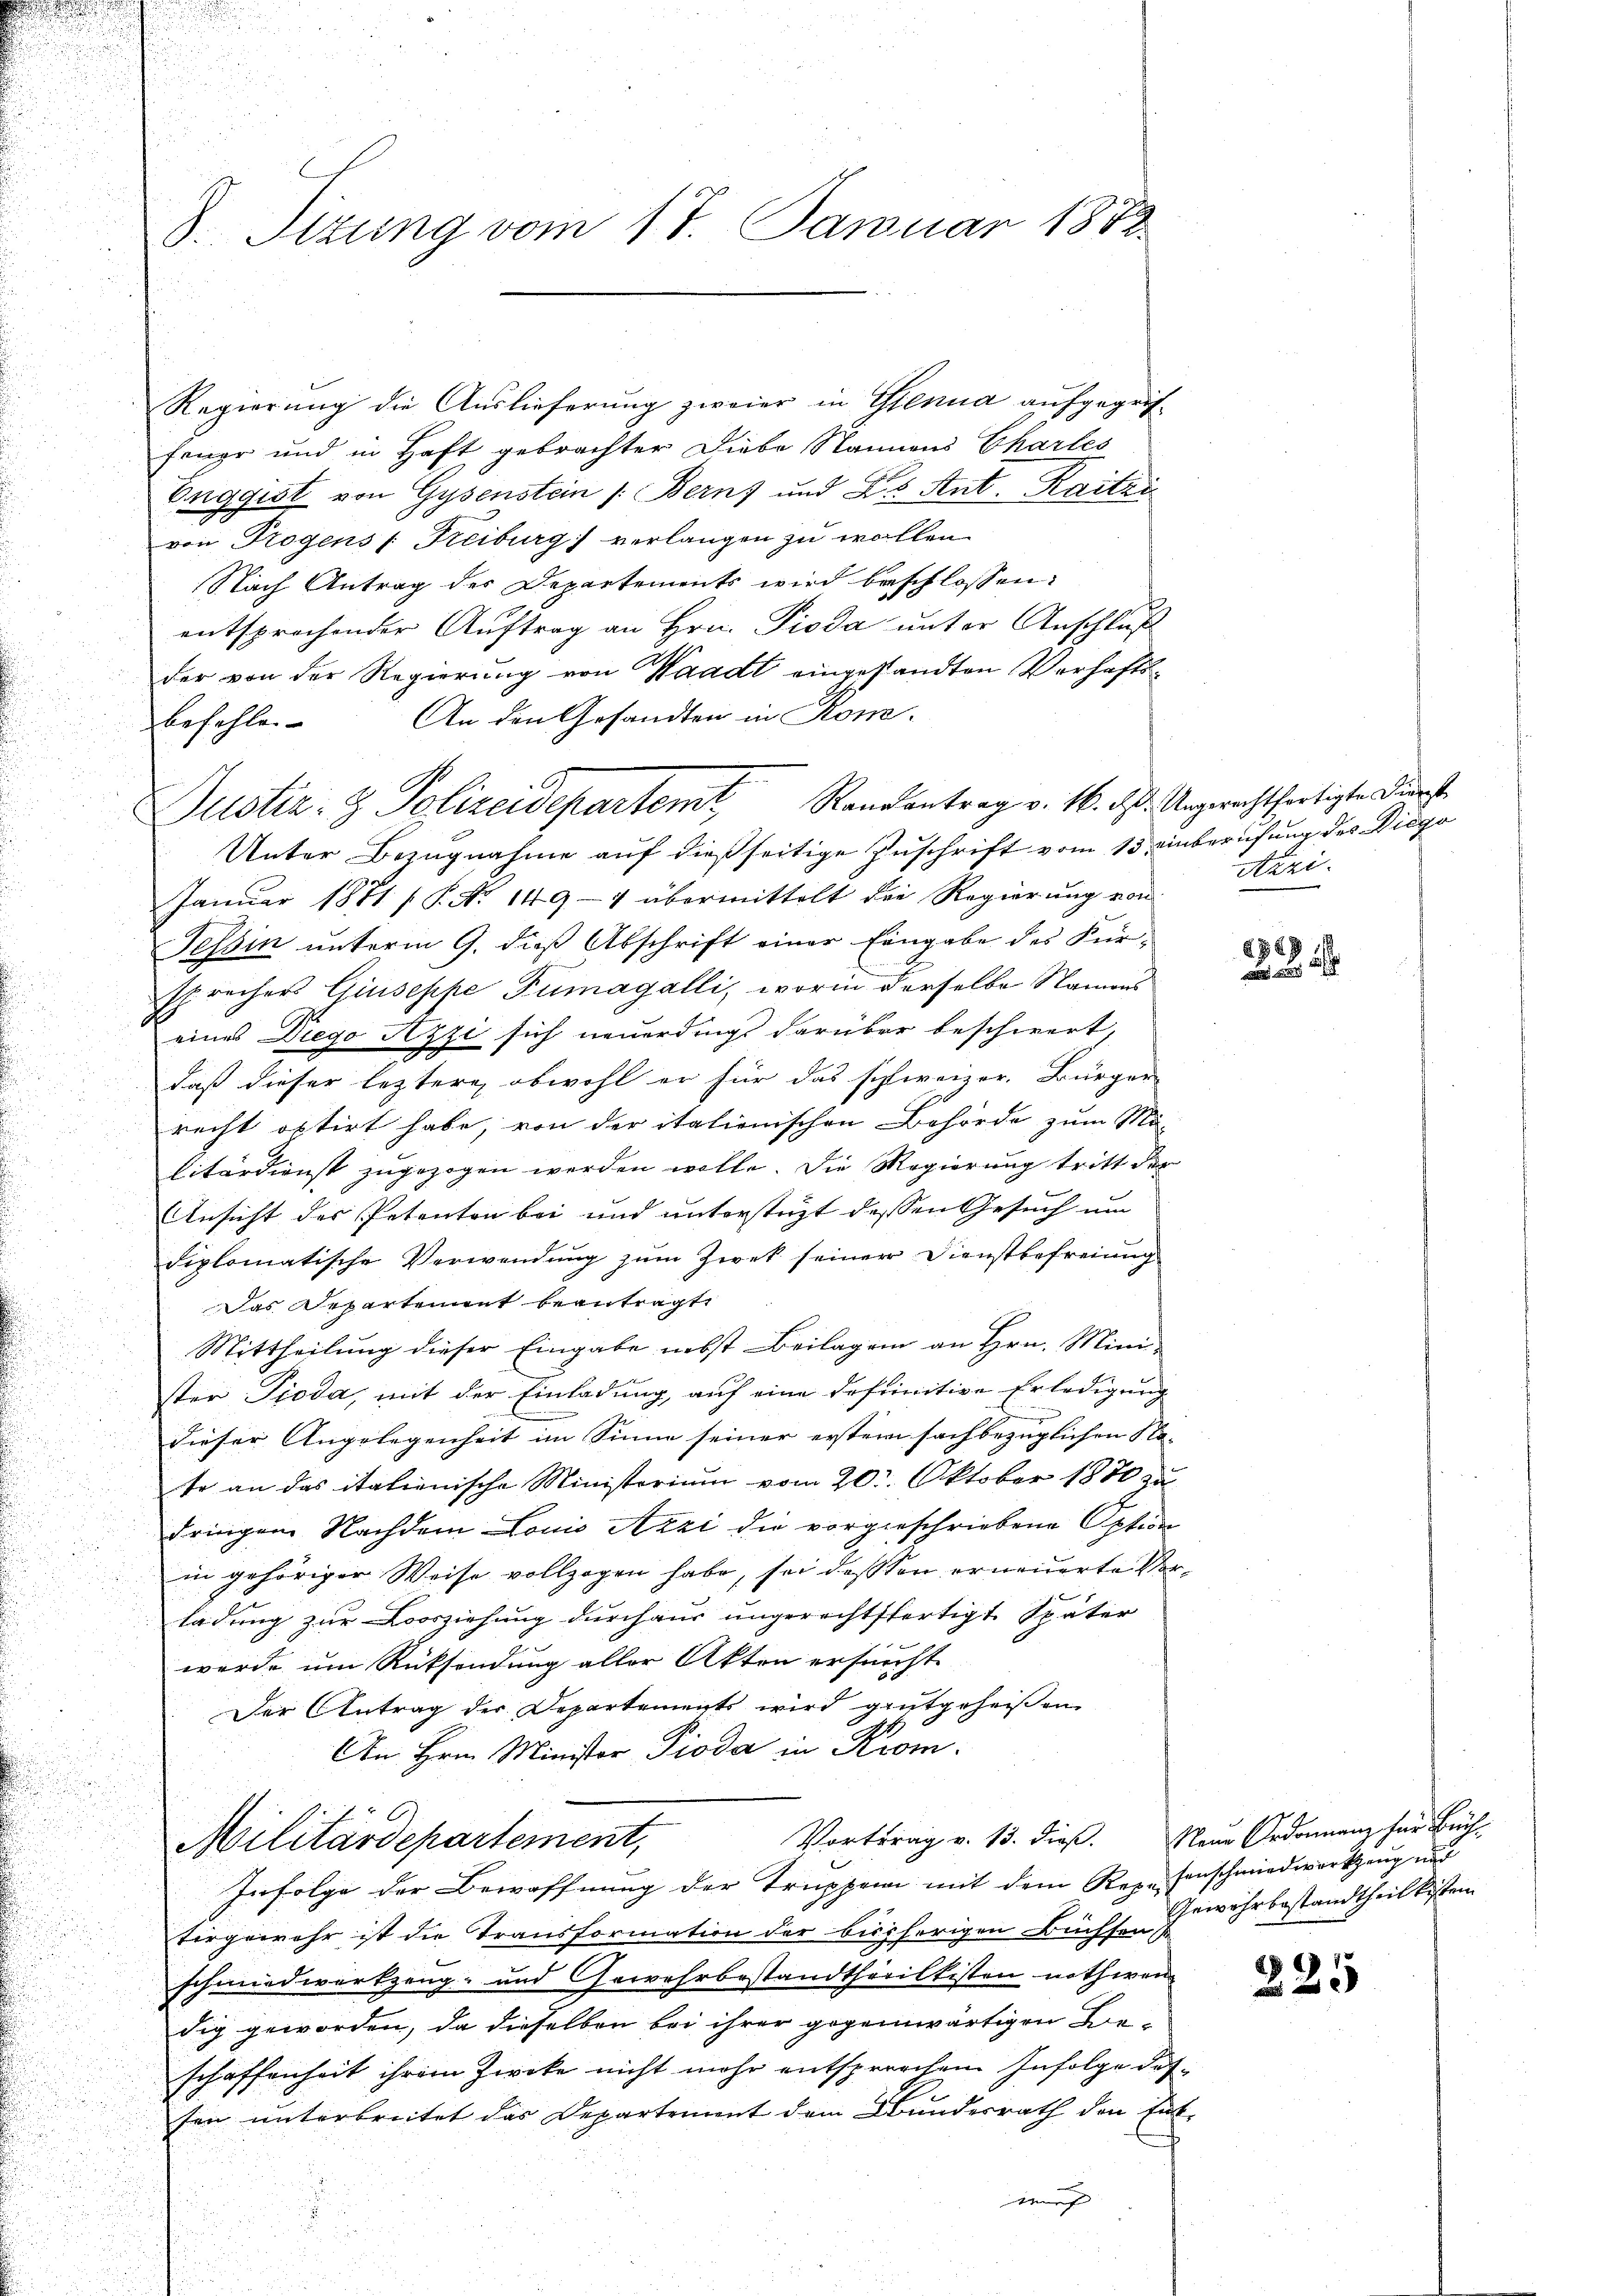
8. Sizung vom 17. Januar 1882.

Regierung die Auslieferung zweier in Genua aufgegrif-
feuer und in Haft gebrachter Diebe Stammens Charles
Enggust von Gysenstein /: Berns und ds Ant. Kaitzi
von Trogens ( Treiburg verlangen zu wollen
Nach Antrag der Departements wird beschlossen:
entsprechender Auftrag an Hrn. Pioda unter Anschluß
der von der Regierung von Waadt eingesandten Verhafts¬
An den Gesandten in Kom-
befehlen.
Unter Bezugnahme auf dießseitige Zuschrift vom 13. einberufung des Diepo
Januar 1871 [P. Nr. 149 -7 übermittelt die Regierung von
Tessin unterm 9. dieß Abschrift einer Eingabe des Fürsprechers Giuseppe Tumagalli, worin derselbe Namend
eines Diego Azzi sich neuerdings darüber beschwert,
daß dieser leztere, obwohl er für das schweizer. Bürger-
recht optirt habe, von der italienischen Behörde zum Mi-
litärdienst zugezogen werden wolle. Die Regierung tritt der
Ansicht des Petenton bei und unterstüzt dessen Gesuch um
diplomatische Verwendung zum Zwek seiner Dienstbefreiung
Das Departement beantragt,
Mittheilung dieser Eingabe nebst Beilagen an Hrn. Mini-
ster Pioda, mit der Einladung, auf eine definitive Erledigung
dieser Angelegenheit im Sinne seiner erstem sachbezüglichen Na-
te an das italienische Ministorium vom 20. Oktober 1880 zu
dringen Nachdem Lonio Azzi die vorgeschriebene Option
in gehöriger Weise vollzogen habe, sei dessen erneuerte Vorladung zur Vorziehung durchaus ungerechtsfertigt. Später
werde um Rücksendung aller Akten ersucht
Der Antrag der Departements wird gutgeheißen
7
An Hrn. Ministor Pioda in Krom.
Vortrag v. 13. dieß. Neue Ordonnanz für Büch-
Militärdepartement,
Infolge der Bewaffnung der Truppen mit dem Rez. Einschmiedworkzeug und
tirgewehr ist die Transformation der bissherigen Büchsen (
schmiedwerkzeug- und Gewehrbestandthoriltisten nothwen
dig geworden, da dieselben bei ihrer gegenwärtigen Bie-
schaffenheit ihrem Zwecke nicht mehr entsprochen Infolge dessen unterbreitet das Departement dem Bundesrath den Ent-
wurf

Justiz- & Polizeidepartemt, Rankontrag v. 16. ds. Angerechtfertigte Durst

Azzi.

§849
a

Gewehrbestandtheil kisten

225